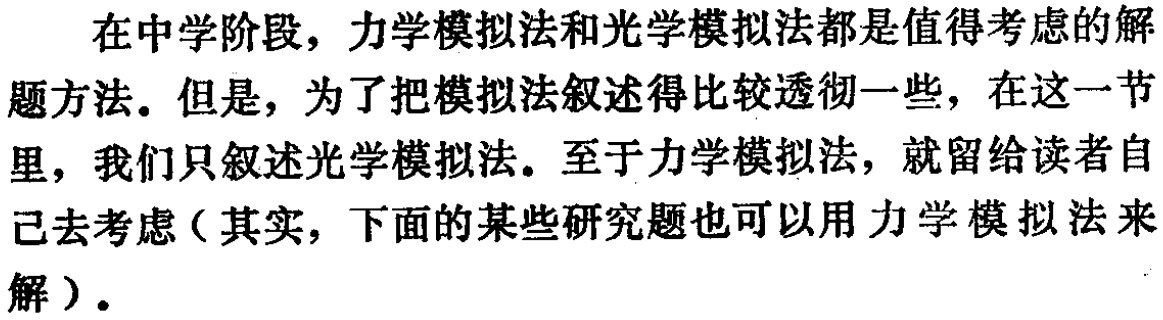
在中学阶段，力学模拟法和光学模拟法都是值得考虑的解题方法。但是，为了把模拟法叙述得比较透彻一些，在这一节里，我们只叙述光学模拟法。至于力学模拟法，就留给读者自己去考虑（其实，下面的某些研究题也可以用力学模拟法来解）。